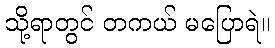
သို့ရာတွင် တကယ် မပြောရဲ။